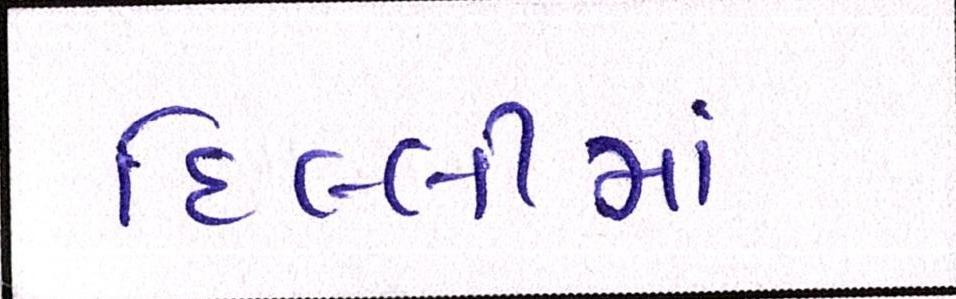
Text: દિલ્લીમાં